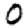
Digit: 0